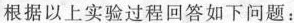
根据以上实验过程回答如下问题：